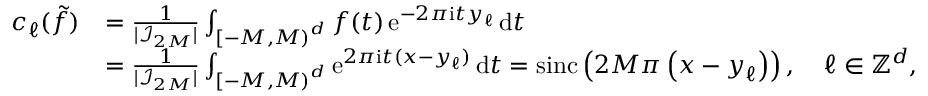
\begin{array} { r l } { c _ { \boldsymbol \ell } ( \tilde { f } ) } & { = \frac { 1 } { | \mathcal I _ { \b { 2 M } } | } \int _ { \left[ - M , M \right) ^ { d } } f ( \boldsymbol t ) \, \mathrm e ^ { - 2 \pi \mathrm i \boldsymbol t \boldsymbol y _ { \boldsymbol \ell } } \, \mathrm d \boldsymbol t } \\ & { = \frac { 1 } { | \mathcal I _ { \b { 2 M } } | } \int _ { \left[ - M , M \right) ^ { d } } \mathrm e ^ { 2 \pi \mathrm i \boldsymbol t ( \boldsymbol x - \boldsymbol y _ { \boldsymbol \ell } ) } \, \mathrm d \boldsymbol t = \mathrm { s i n c } \left( 2 M \pi \left( \boldsymbol x - \boldsymbol y _ { \boldsymbol \ell } \right) \right) , \quad \boldsymbol \ell \in \mathbb Z ^ { d } , } \end{array}